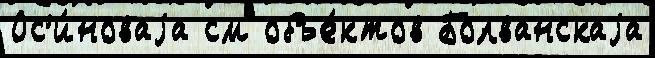
Ос'и́новаjа см объе́ктов Болванскаjа